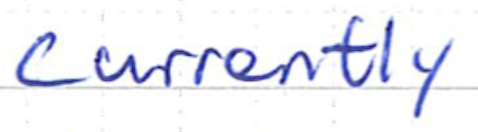
Text: currently
Cross-out: clean
Writing tool: ballpoint